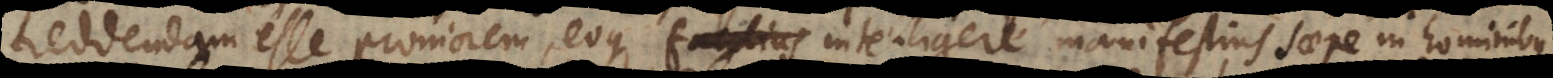
reddendam esse proniorem, eoque intelligere manifestius saepe in hominibus